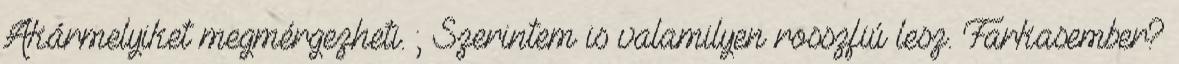
Akármelyiket megmérgezheti. ; Szerintem is valamilyen rosszfiú lesz. Farkasember?